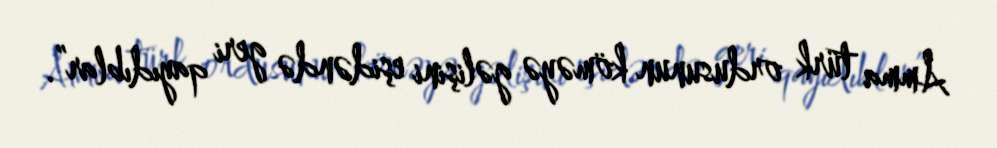
Amma türk ordusunun köməyə gəlişini eşidəndə geri qayıdıblar”.